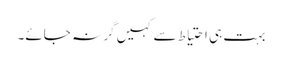
بہت ہی احتیاط سے کہیں گر نہ جائے۔